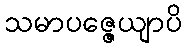
သမာပဇ္ဇေယျာပိ